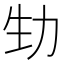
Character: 𠡏